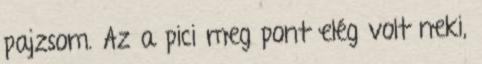
pajzsom. Az a pici meg pont elég volt neki,